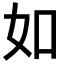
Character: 如